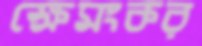
ক্ষেমংকর